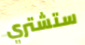
ستشتري